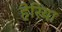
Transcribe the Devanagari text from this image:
हेरिया